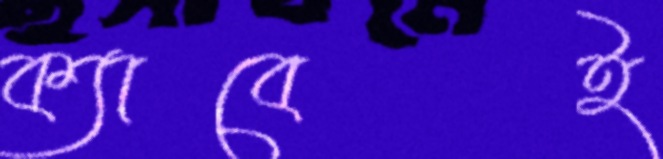
ক্যাবেই